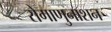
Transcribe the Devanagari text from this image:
रोगाणुनाशन